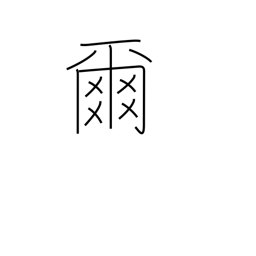
Meaning: thou